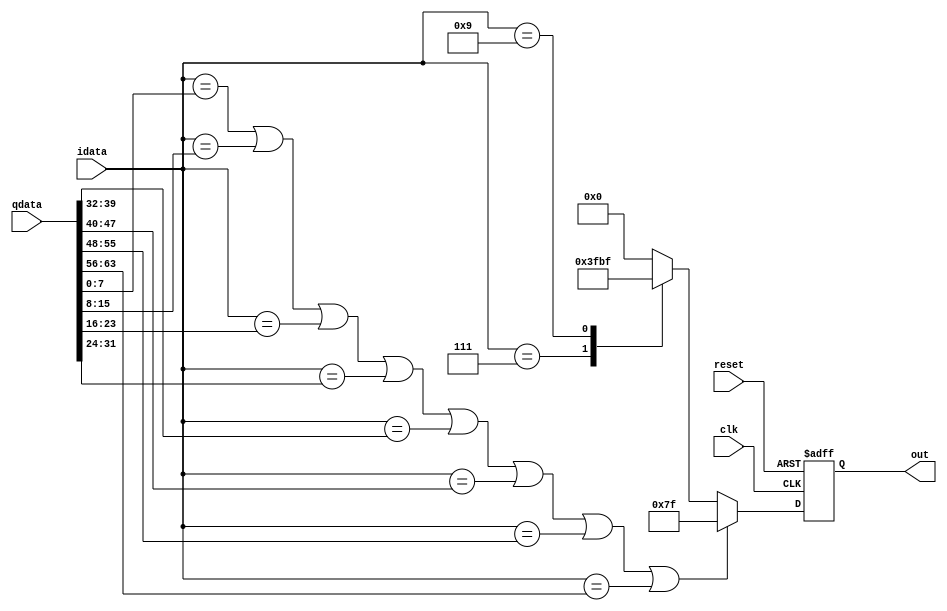
module Kcomp(clk, reset, out, idata, qdata);
input        clk,reset;
input     [7:0]idata;
input      [63:0]qdata;
output      [7:0]out;
reg         [7:0]out;
always @(posedge  clk or negedge reset)
begin
if(reset==0)
out<=8'd0;
else
begin
if((idata==qdata[7:0])||(idata==qdata[15:8])||(idata==qdata[23:16])||(idata==qdata[31:24])||(idata==qdata[39:32])||(idata==qdata[47:40])||(idata==qdata[55:48])||(idata==qdata[63:56]))
out<=8'd127;
else
begin
case(idata)
8'd7:out<=8'd63;
8'd9:out<=8'd191;
default:out<=8'd0;
endcase
end
end
end
endmodule